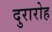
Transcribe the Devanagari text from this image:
दुरारोह